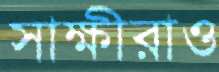
সাক্ষীরাও